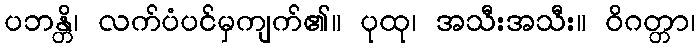
ပဘန္တိ၊ လက်ပံပင်မှကျက်၏။ ပုထု၊ အသီးအသီး။ ဝိဂတ္တာ၊